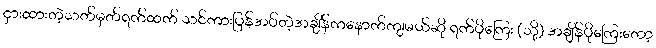
ငှားထားတဲ့သတ်မှတ်ရက်ထက် သင်ကားပြန်အပ်တဲ့အချိန်ကနောက်ကျမယ်ဆို ရက်ပိုကြေး (သို့) အချိန်ပိုကြေးတော့